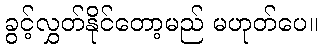
ခွင့်လွှတ်နိုင်တော့မည် မဟုတ်ပေ။